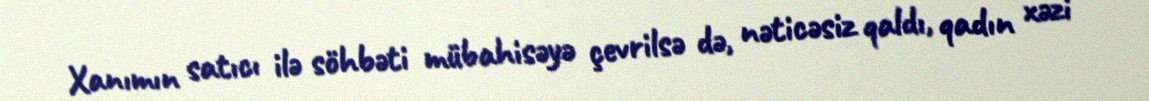
Xanımın satıcı ilə söhbəti mübahisəyə çevrilsə də, nəticəsiz qaldı, qadın xəzi